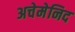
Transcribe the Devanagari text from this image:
अचेमेनिद